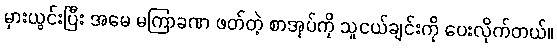
မှားယွင်းပြီး အမေ မကြာခဏ ဖတ်တဲ့ စာအုပ်ကို သူငယ်ချင်းကို ပေးလိုက်တယ်။